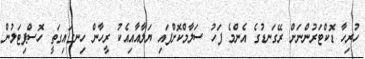
ހުރިހާ ޑޮކްޓަރުންނަށް ރޭގަނޑުގެ އެންމެ ފަހު ސަލާމްކޮށްފައި ޔަލާއާއިއެކު ރީހާން ހިނގައިގަތީ ހޮސްޕިޓަލުން